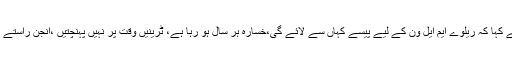
جسٹس اعجاز الاحسن نے کہا کہ ریلوے ایم ایل ون کے لیے پیسے کہاں سے لائے گی،خسارہ ہر سال ہو رہا ہے، ٹرینیں وقت پر نہیں پہنچتیں ،انجن راستے میں خراب ہو جاتے ہیں۔